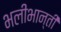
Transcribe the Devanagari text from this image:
भलीभान्ती